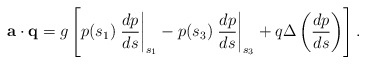
\begin{align*}{\bf a}\cdot{\bf q}=g\left[p(s_1)\left.\frac{dp}{ds}\right|_{s_1}-p(s_3)\left.\frac{dp}{ds}\right|_{s_3}+q\Delta\left(\frac{dp}{ds}\right)\right].\end{align*}